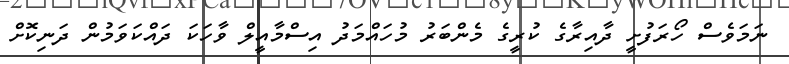
ނަމަވެސް ހޯރަފުށީ ދާއިރާގެ ކުރީގެ މެންބަރު މުހައްމަދު އިސްމާއީލް ވާހަކަ ދަައްކަވަމުން ދަނިކޮށް